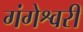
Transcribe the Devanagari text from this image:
गंगेश्वरी